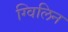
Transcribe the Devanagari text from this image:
ग्विलिन